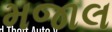
મજાલ